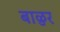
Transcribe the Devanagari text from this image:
बाळुर